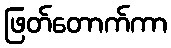
ဖြတ်တောက်ကာ